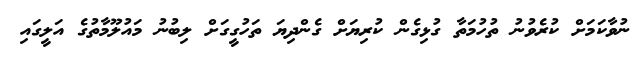
ނުވާކަމަށް ކުރެވުނު ތުހުމަތާ ގުޅިގެން ކުރިޔަށް ގެންދިޔަ ތަހުގީގަށް ލިބުނު މައުލޫމާތުގެ އަލީގައި